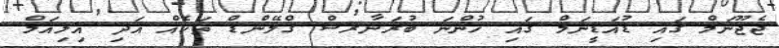
ޖެޖޫނަމް ގައި ޑުއަޑީނަމް ގައި ހުންނަ ބުރަނާރސް ގްލޭންޑް ތަކެއް އަދި އިލިއަމް